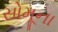
સોમૂના